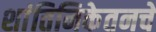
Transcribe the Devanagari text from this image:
शांतिनिकेतनचे